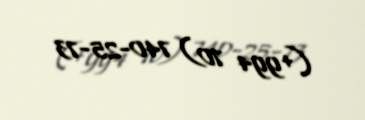
(+994 70) 740-25-73